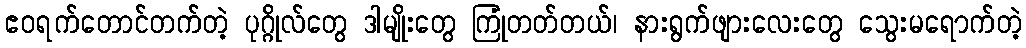
ဧဝရက်တောင်တက်တဲ့ ပုဂ္ဂိုလ်တွေ ဒါမျိုးတွေ ကြုံတတ်တယ်၊ နားရွက်ဖျားလေးတွေ သွေးမရောက်တဲ့